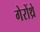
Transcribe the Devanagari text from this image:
गेरोंथ्रे